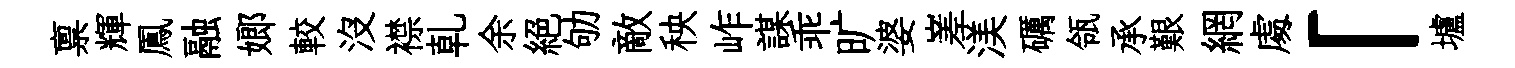
禀輝鳳融嫏較沒襟乹余絶劬敵秧岞謀乖旷婆嵳渼礪瓴承艱網䖏「壚